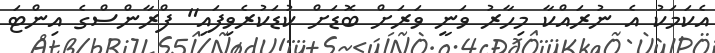
އެކަމަކު އެ ނުރައްކާ މިހާރު ވަނީ ވަރަށް ބޮޑަށް ކުޑަކުރެވިފައި" ފްރާންސްގެ އިންޓަ